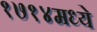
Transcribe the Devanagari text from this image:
१७१४मध्ये